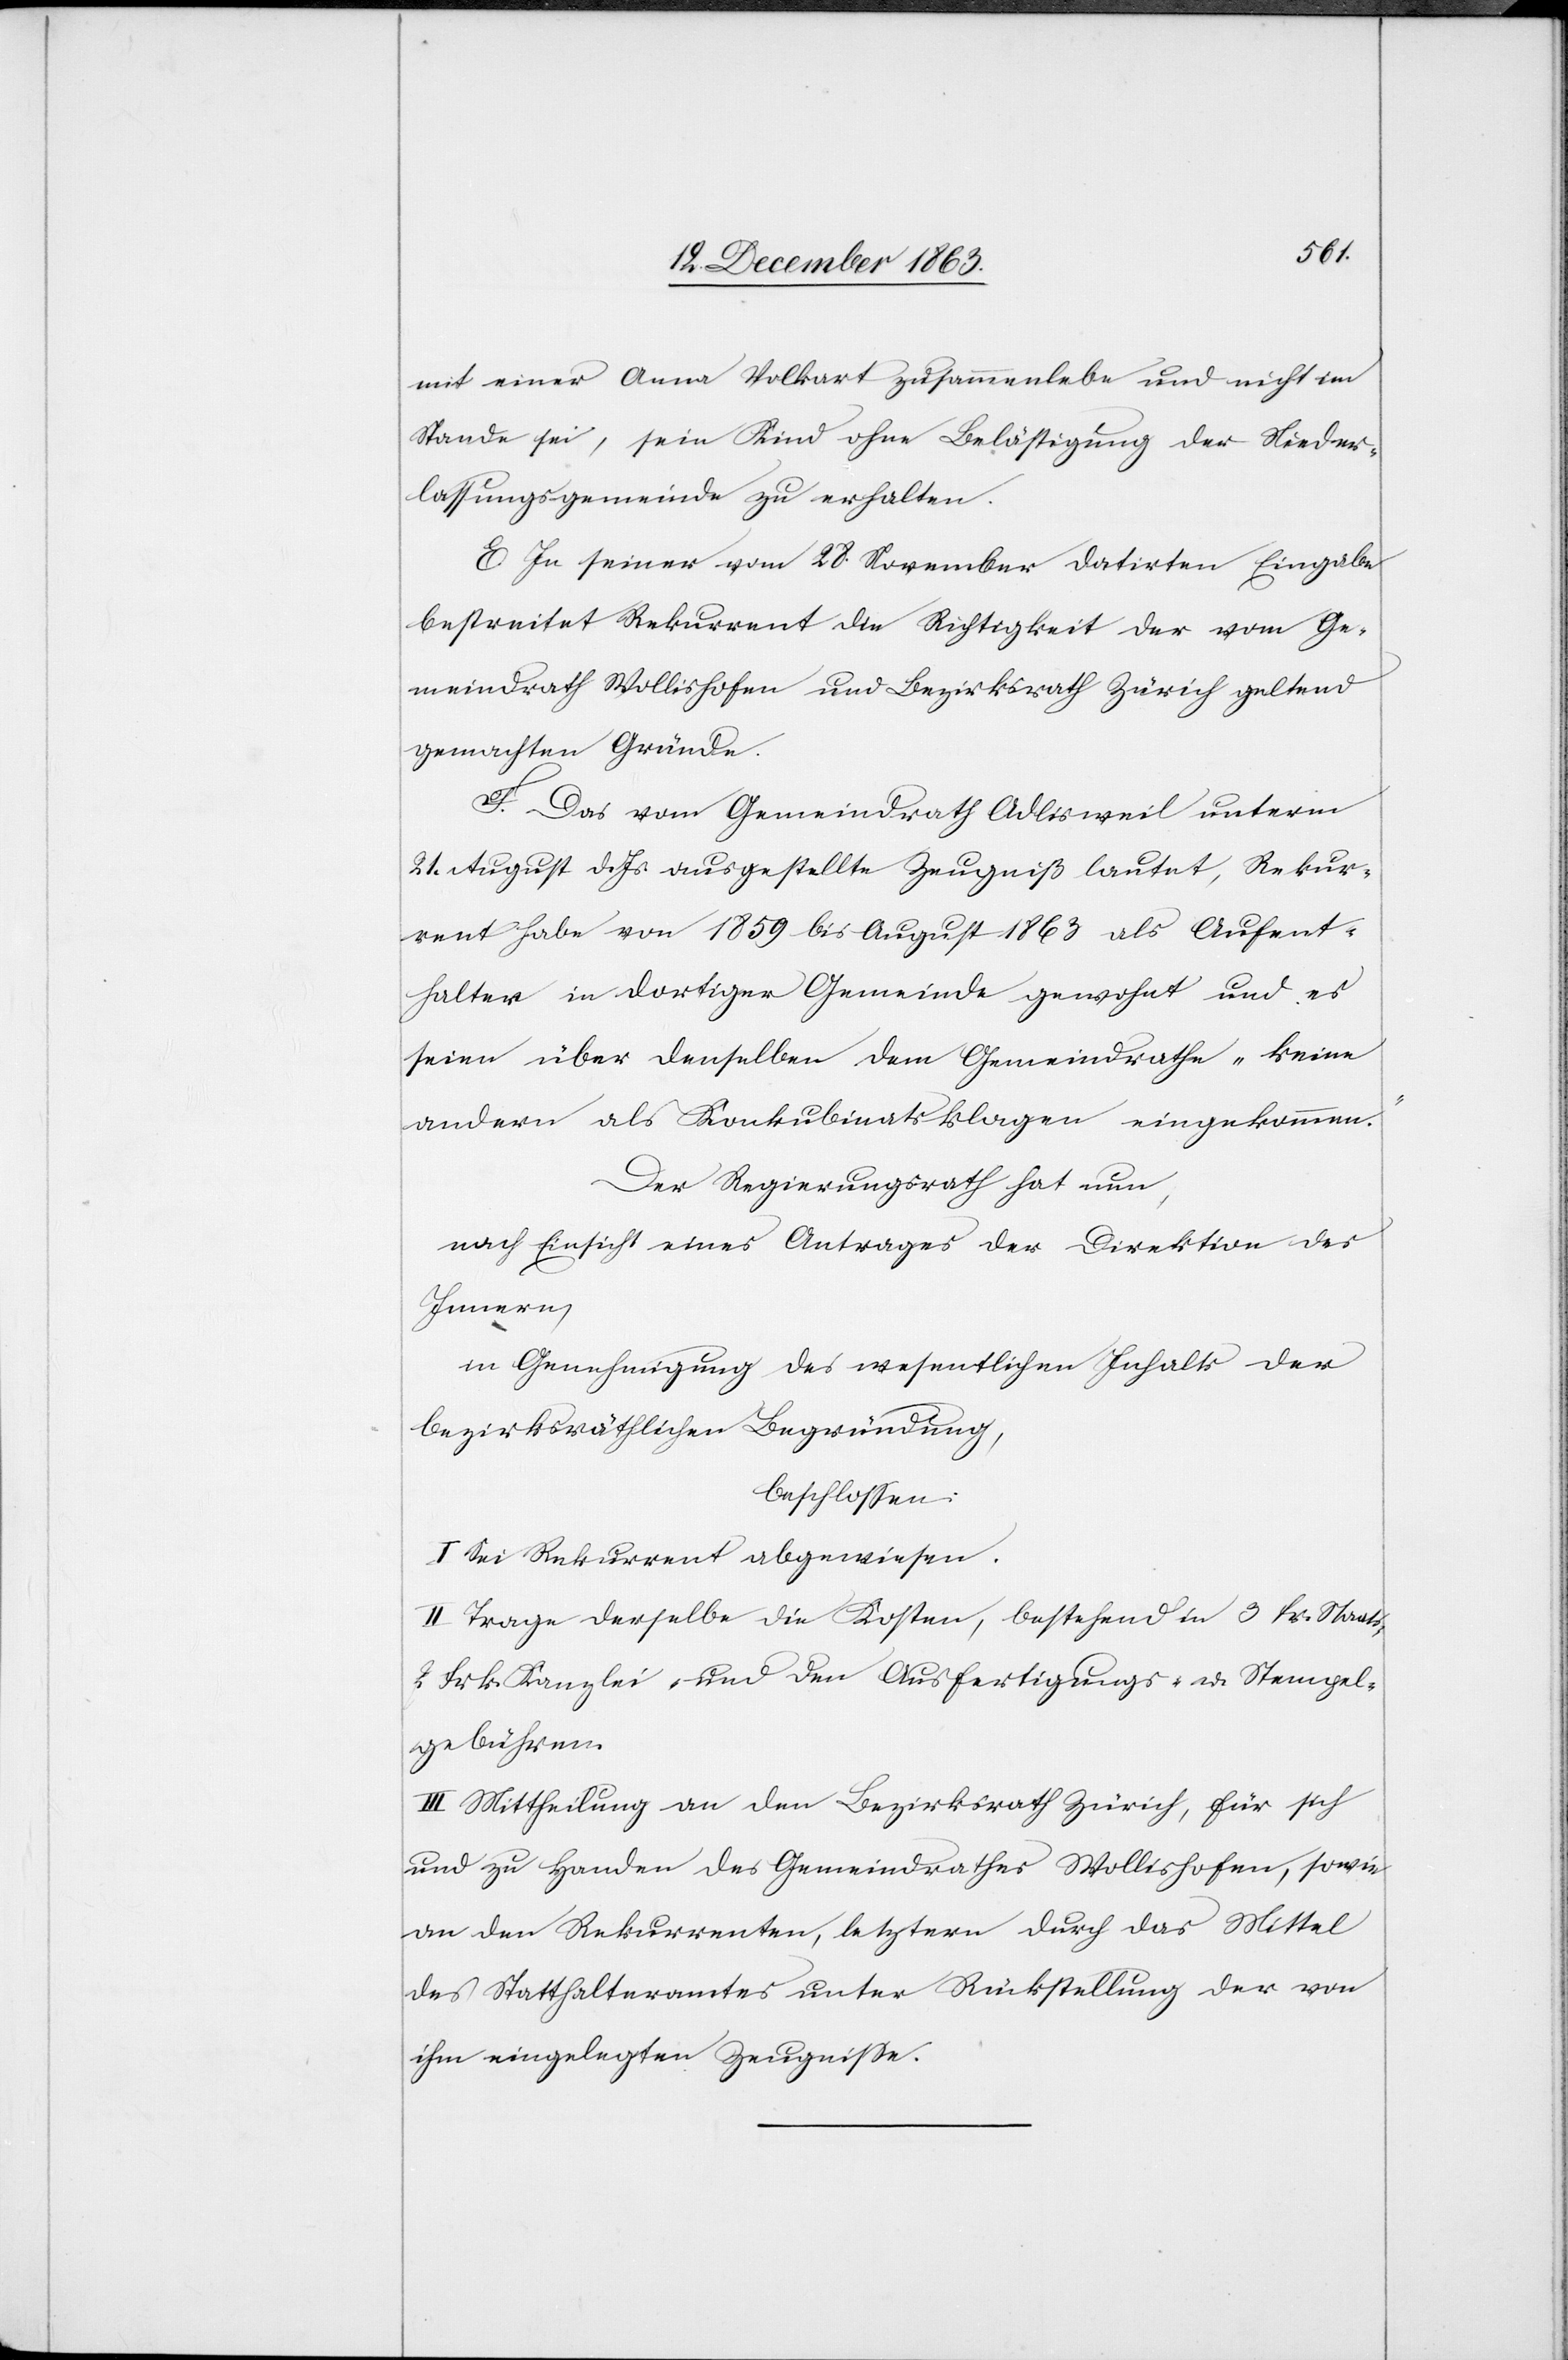
[sic!] einer Anna Volkart zusammenlebe und nicht im
Stande sei, sein Kind ohne Belästigung der Nieder¬
lassungsgemeinde zu erhalten.
E. In seiner vom 28. November datirten Eingabe
bestreitet Rekurrent die Richtigkeit der vom Ge¬
meindrath Wollishofen und Bezirksrath Zürich geltend
gemachten Gründe.
F. Das vom Gemeindrath Adlisweil unterm
21. August d. Js. ausgestellte Zeugniß lautet, Rekur¬
rent habe von 1859 bis August 1863 als Aufent¬
halter in dortiger Gemeinde gewohnt und es
seien über denselben dem Gemeindrathe „keine
andern als Konkubinatsklagen eingekommen“.
Der Regierungsrath hat nun,
nach Einsicht eines Antrages der Direktion des
Innern,
in Genehmigung des wesentlichen Inhalts der
bezirksräthlichen Begründung,
beschlossen:
I. Sei Rekurrent abgewiesen.
II. Trage derselbe die Kosten, bestehend in 3 fr. Staats-[,]
2 Frk. Kanzlei- und den Ausfertigungs- u. Stempel¬
gebühren.
III. Mittheilung an den Bezirksrath Zürich, für sich
und zu Handen des Gemeindrathes Wollishofen, sowie
an den Rekurrenten, letztern durch das Mittel
des Statthalteramtes unter Rückstellung der von
ihm eingelegten Zeugnisse.